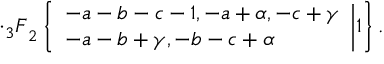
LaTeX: \cdot { _ 3 F } _ { 2 } \left\{ \begin{array} { l } { { - a - b - c - 1 , - a + \alpha , - c + \gamma } } \\ { { - a - b + \gamma , - b - c + \alpha } } \end{array} \biggr | 1 \right\} .